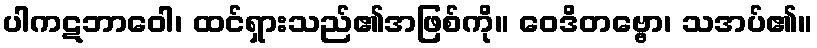
ပါကဋဘာဝေါ၊ ထင်ရှားသည်၏အဖြစ်ကို။ ဝေဒိတဗ္ဗော၊ သအပ်၏။